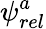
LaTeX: \psi_{rel}^{a}